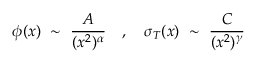
\phi ( x ) ~ \sim ~ \frac { A } { ( x ^ { 2 } ) ^ { \alpha } } ~ ~ ~ , ~ ~ ~ \sigma _ { T } ( x ) ~ \sim ~ \frac { C } { ( x ^ { 2 } ) ^ { \gamma } }